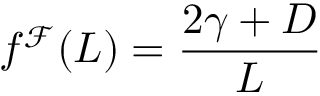
f ^ { \mathcal { F } } ( L ) = \frac { 2 \gamma + D } { L }